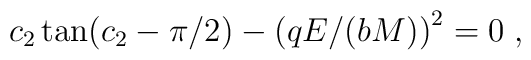
c_2\tan (c_2-\pi /2)-\left( qE/(bM)\right) ^2=0\;,